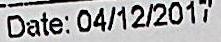
DATE: 04/12/2017